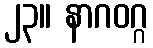
၂၃။ နာဂဝဂ္ဂ